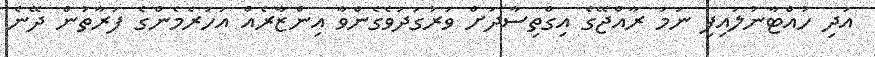
އަދި ހުއްޓާނުލައިފި ނަމަ ރާއްޖޭގެ އިގްތިސާދަށް ވަރުގަދަވެގެންވާ އިންޒާރެއް އަހަރެމެންގެ ފަރާތުން ދޭނެ